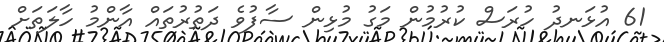
61 އުޅަނދު ހުރަސް ކުރުމުން މަގު މުޅިން ސާފުވެ ދަތުރުތައް އާންމު ހާލަތަށް